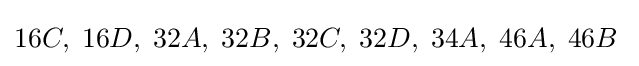
16C,\;16D,\;32A,\;32B,\;32C,\;32D,\;34A,\;46A,\;46B\;